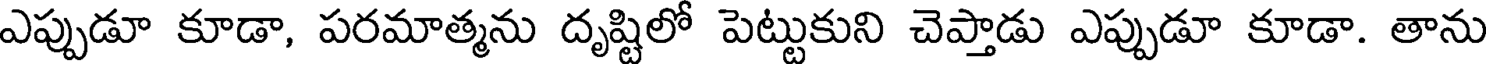
ఎప్పుడూ కూడా, పరమాత్మను దృష్టిలో పెట్టుకుని చెప్తాడు ఎప్పుడూ కూడా. తాను